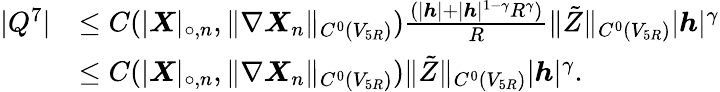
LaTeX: \begin{array}{rl}{|Q^{7}|}&{\leq C(|\boldsymbol{X}|_{\circ,n},\| \nabla\boldsymbol{X}_{n}\| _{C^{0}(V_{5R})})\frac{(|{\boldsymbol{h}}|+|{\boldsymbol{h}}|^{1-\gamma}R^{\gamma})}{R}\| \tilde{Z}\| _{C^{0}(V_{5R})}|{\boldsymbol{h}}|^{\gamma}}\\ &{\leq C(|\boldsymbol{X}|_{\circ,n},\| \nabla\boldsymbol{X}_{n}\| _{C^{0}(V_{5R})})\| \tilde{Z}\| _{C^{0}(V_{5R})}|{\boldsymbol{h}}|^{\gamma}.}\end{array}